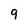
Character: 9